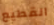
القطيع